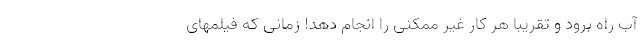
آب راه برود و تقریبا هر کار غیر ممکنی را انجام دهد! زمانی که فیلمهای